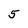
Character: 5